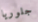
جلوريا